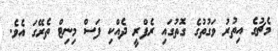
މެޗުގެ އިތުރު ވަގުތުގެ ގޮތުގައި ރެފްރީ ދެއްކި ފަސް މިނިޓް ތެރޭގަ އެވެ.